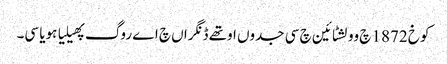
کوخ 1872 چ وولشٹائین چ سی جدوں اوتھے ڈنگراں چ اے روگ پھیلیا ہویا سی۔